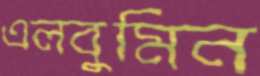
এলবুমিন